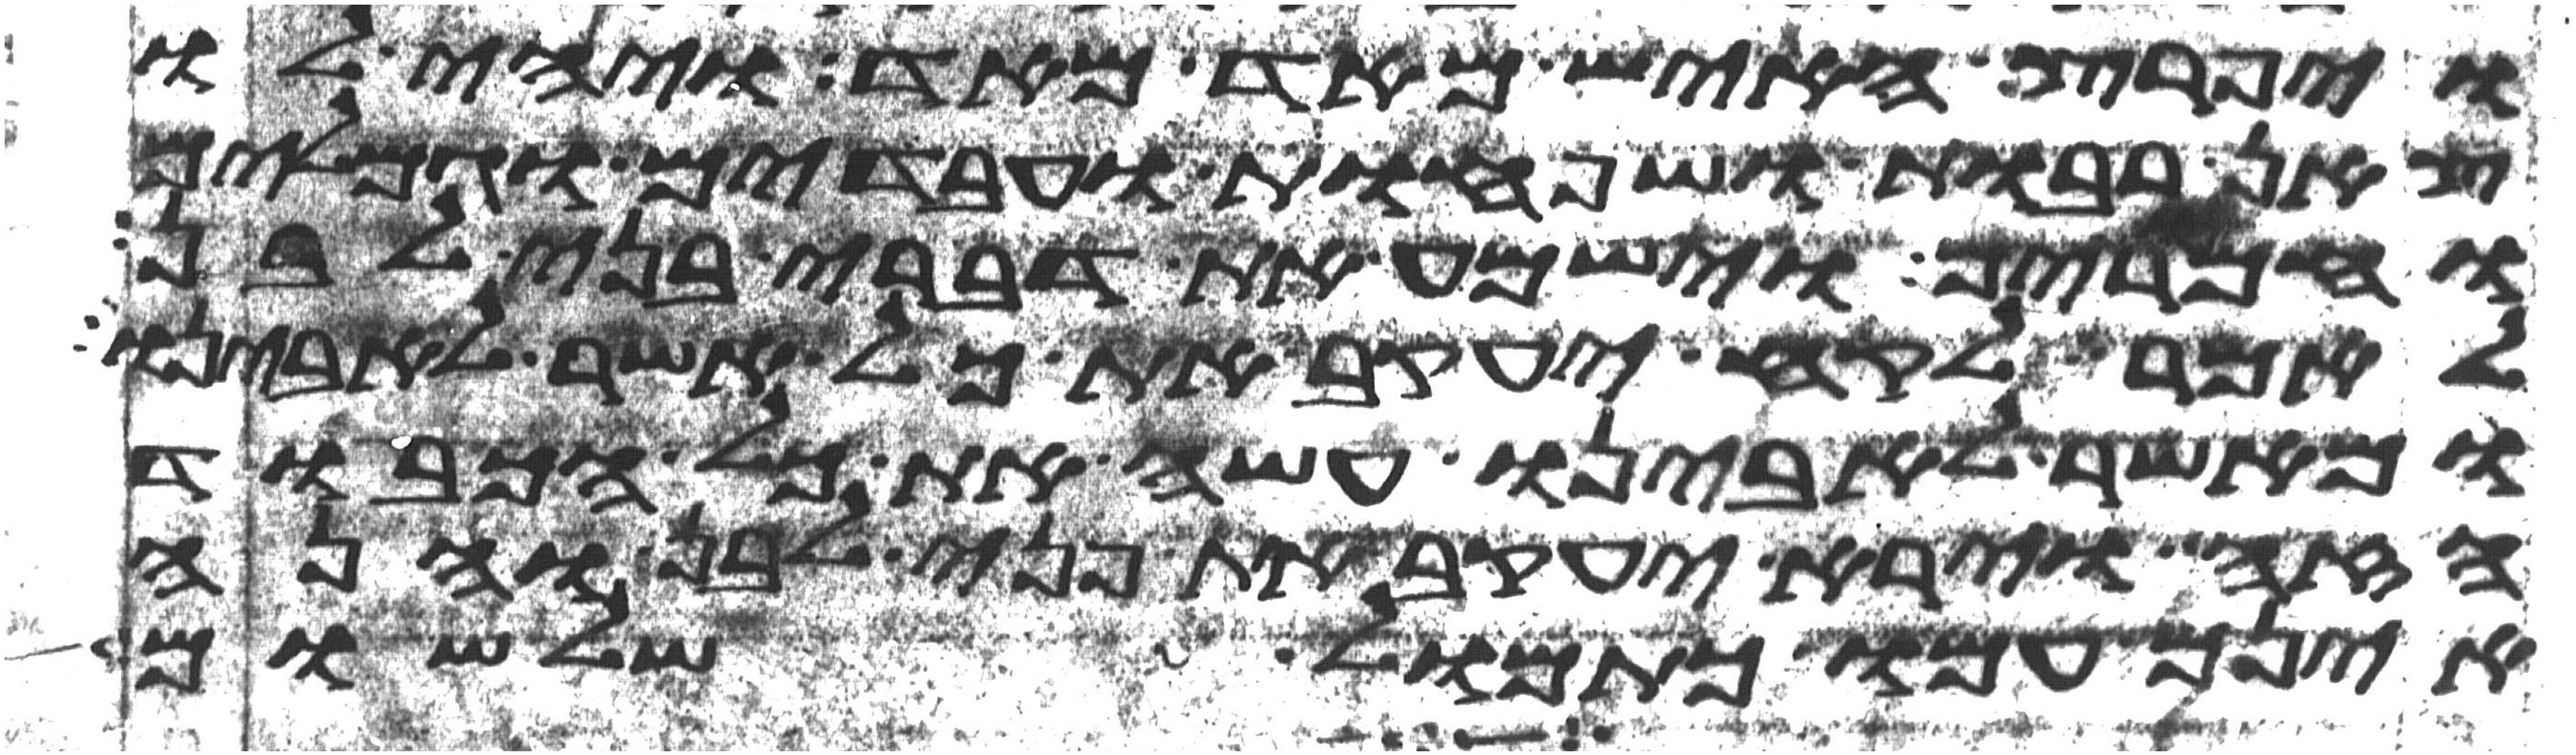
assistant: ויפרץ האיש מאד מאד ויהי לו
צאן רבות ושפחות עבדים וגמלים
וחמרים וישמע את דברי בני לבן
לאמר לקח יעקב את כל אשר לאבינו
ומאשר לאבינו עשה את כל הכבוד
הזה וירא יעקב את פני לבן והנה
אינם עמו כתמול שלשום